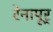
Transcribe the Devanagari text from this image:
रेनापूर्